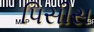
પિસીસ